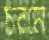
চরমে